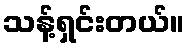
သန့်ရှင်းတယ်။